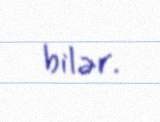
bilər.